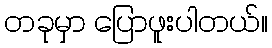
တခုမှာ ပြောဖူးပါတယ်။